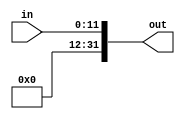
module unsign_extend(in,out);

input [11:0]in;
output [31:0]out;

assign out = {20'b0000_0000_0000_0000_0000,in};
endmodule